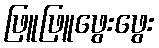
ဖြူဖြူဖွေးဖွေး